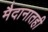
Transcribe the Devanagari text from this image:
मैदानातही